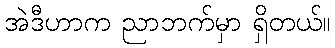
အဲဒီဟာက ညာဘက်မှာ ရှိတယ်။